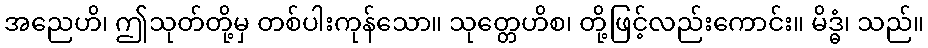
အညေဟိ၊ ဤသုတ်တို့မှ တစ်ပါးကုန်သော။ သုတ္တေဟိစ၊ တို့ဖြင့်လည်းကောင်း။ မိဒ္ဓံ၊ သည်။